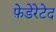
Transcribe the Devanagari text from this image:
फ़ेडेरेटेद